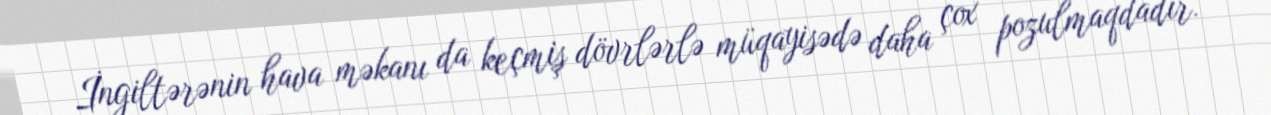
İngiltərənin hava məkanı da keçmiş dövrlərlə müqayisədə daha çox pozulmaqdadır.